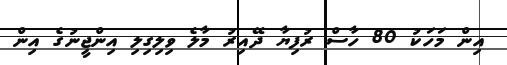
އިން މަހަކު 80 ހާސް ރުފިޔާ ދޭއިރު މާލެ ވިލިގިލި އިންޖީނުގެ އިން